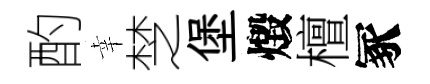
酌幸椘堡燬檀冢